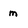
Character: m